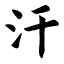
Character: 汗